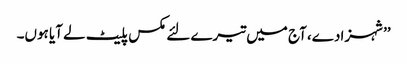
’’شہزادے، آج میں تیرے لئے مکس پلیٹ لے آیا ہوں۔